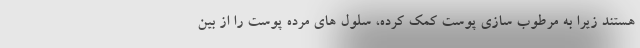
هستند زیرا به مرطوب سازی پوست کمک کرده، سلول های مرده پوست را از بین